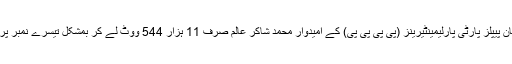
پاکستان پیپلز پارٹی پارلیمینٹیرینز (پی پی پی پی) کے امیدوار محمد شاکر عالم صرف 11 ہزار 544 ووٹ لے کر بمشکل تیسرے نمبر پر آئے۔